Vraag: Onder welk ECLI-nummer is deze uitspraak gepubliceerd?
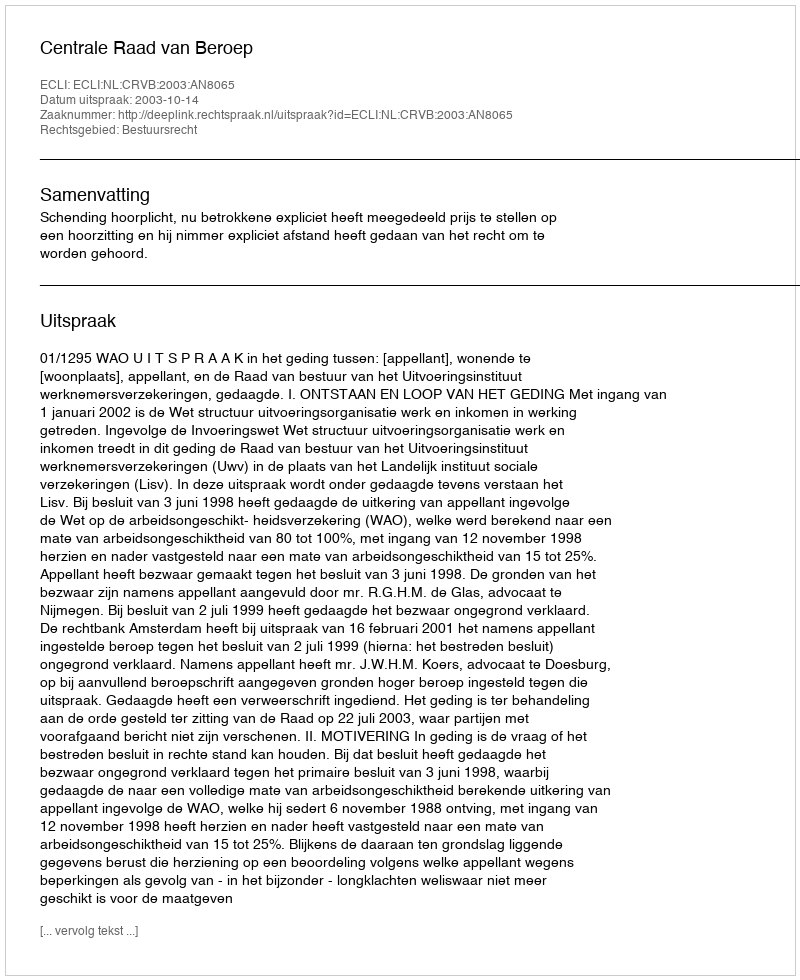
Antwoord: ECLI:NL:CRVB:2003:AN8065